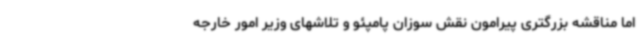
اما مناقشه بزرگتری پیرامون نقش سوزان پامپئو و تلاشهای وزیر امور خارجه